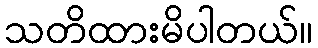
သတိထားမိပါတယ်။